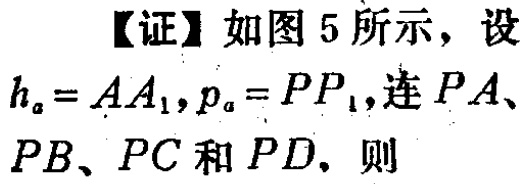
【证】如图 5 所示，设

\(h_{a}=AA_{1},p_{a}=PP_{1}\)，连 \(PA\)、

\(PB\)、\(PC\) 和 \(PD\)，则